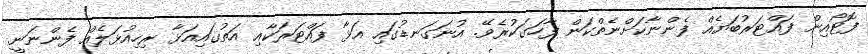
ފޮޓޯއިން ފައްޓަރުބަޔެއް ފެންނާކަށްނެތްކަން ފާހަގަކުރެވޭ. އުނަގަނޑުގައި އަޅާ ފައްޓަރަކާއި އަތުގައިއަޅާ ރިހިއުޅަލެއް ފެންނަނީ.